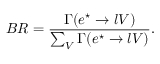
B R = \frac { \Gamma ( e ^ { \star } \rightarrow l V ) } { \sum _ { V } \Gamma ( e ^ { \star } \rightarrow l V ) } .